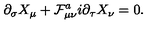
\partial _ { \sigma } X _ { \mu } + \mathcal { F } _ { \mu \nu } ^ { a } i \partial _ { \tau } X _ { \nu } = 0 .